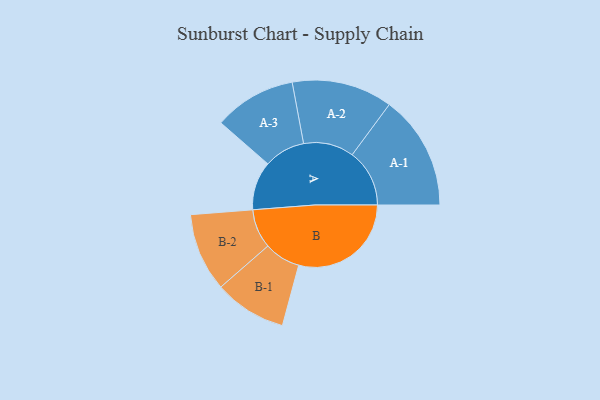
{"axis": {"x": "Segment", "y": "Value"}, "legend": ["", "A", "B"], "data": [{"x": "A", "y": 210, "type": ""}, {"x": "B", "y": 485, "type": ""}, {"x": "A-1", "y": 247, "type": "A"}, {"x": "A-2", "y": 217, "type": "A"}, {"x": "A-3", "y": 177, "type": "A"}, {"x": "B-1", "y": 156, "type": "B"}, {"x": "B-2", "y": 169, "type": "B"}]}